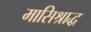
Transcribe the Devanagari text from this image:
मासिश्राद्ध